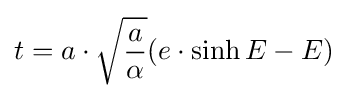
t=a\cdot {\sqrt {\frac {a}{\alpha }}}(e\cdot \sinh E-E)